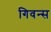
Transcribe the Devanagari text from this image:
गिवन्स